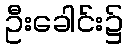
ဦးခေါင်း၌